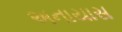
અનાયાસ